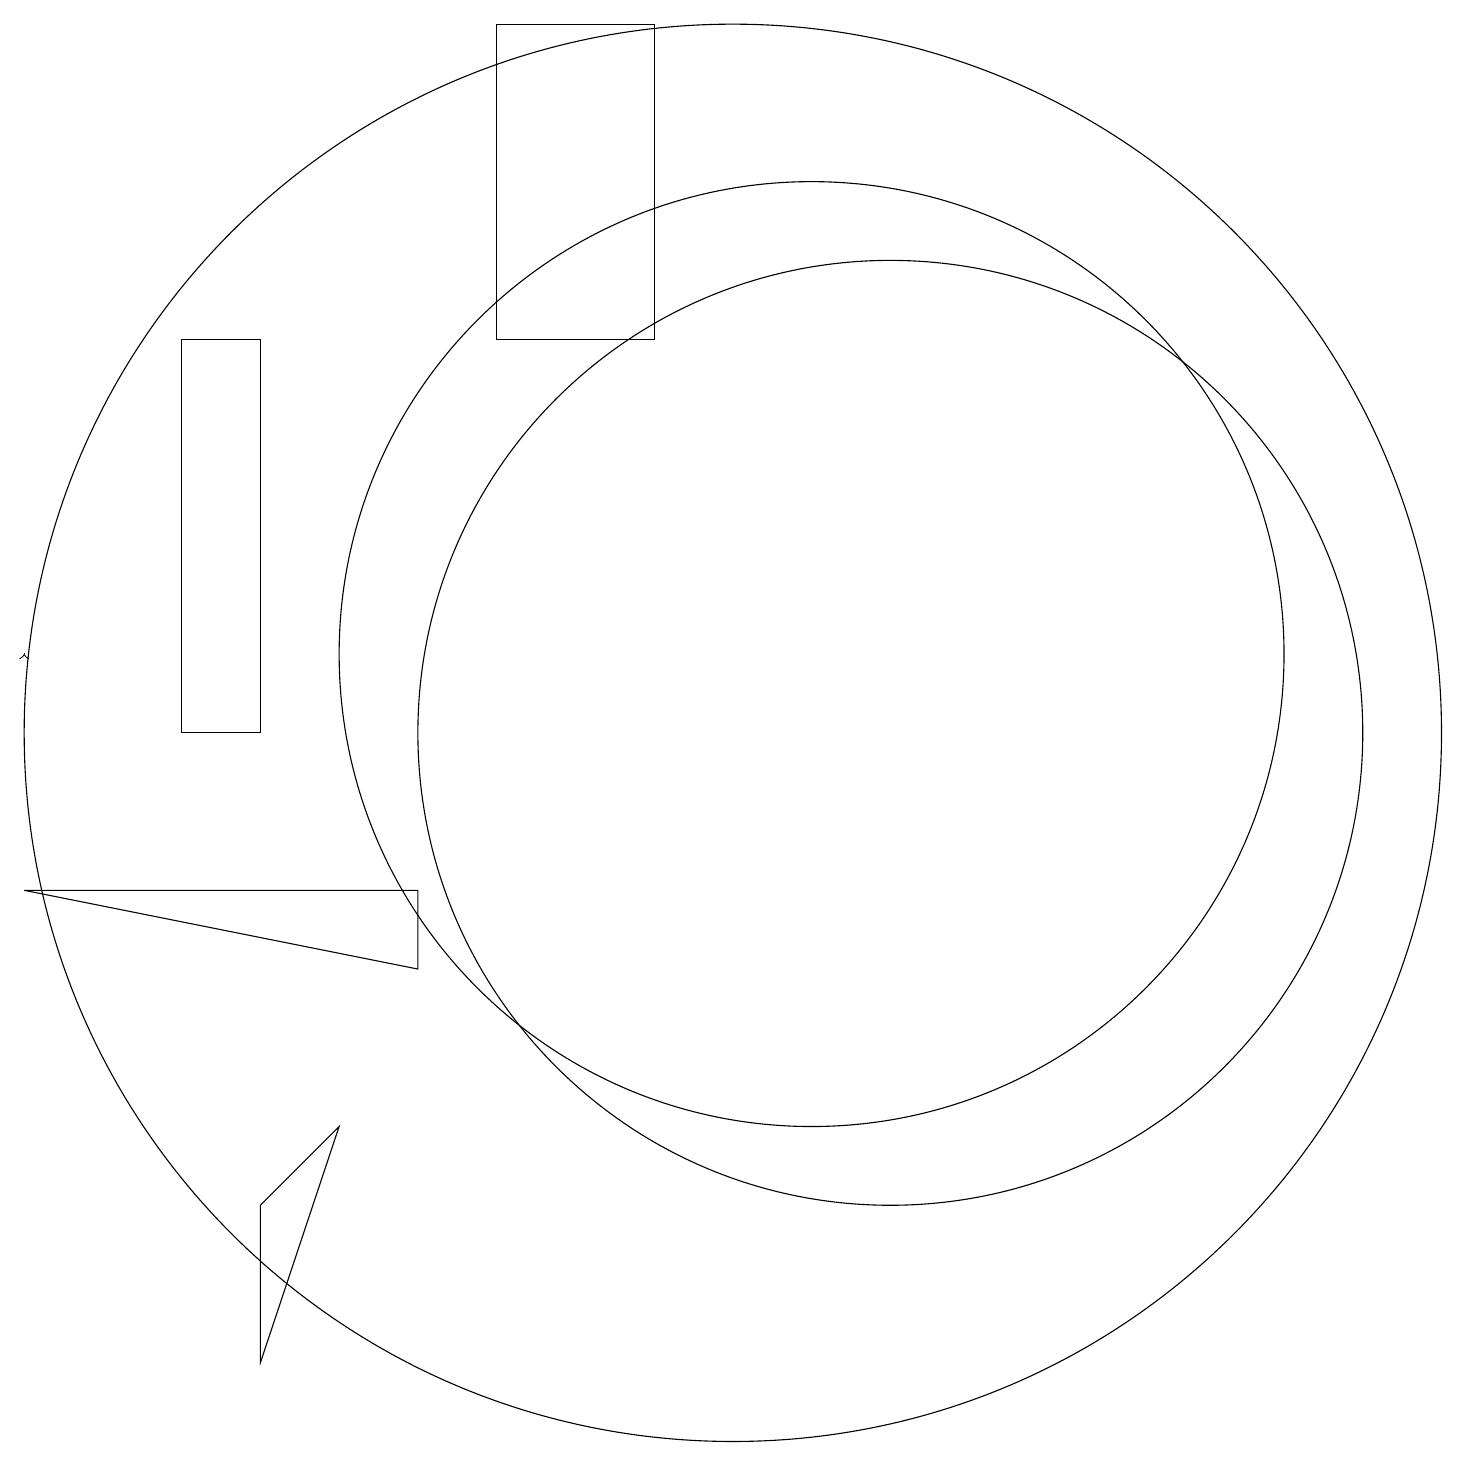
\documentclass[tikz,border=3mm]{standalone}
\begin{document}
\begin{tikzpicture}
\draw (10,10) circle (9);
\draw (3,10) rectangle (4,15);
\draw (5,5) -- (4,2) -- (4,4) -- cycle;
\draw[->] (1,11) -- (1,11);
\draw (12,10) circle (6);
\draw (11,11) circle (6);
\draw (9,15) rectangle (7,19);
\draw (1,8) -- (6,8) -- (6,7) -- cycle;
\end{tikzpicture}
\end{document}